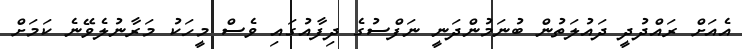
އެއަށް ރައްދުދީ ދައުލަތުން ބުނަމުންދަނީ ނަފްސުގެ ދިފާއުގައި ވެސް މީހަކު މަރާނުލެވޭނެ ކަމަށް